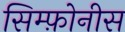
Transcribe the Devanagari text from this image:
सिम्फ़ोनीस